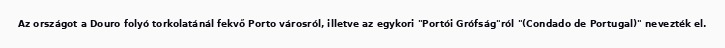
Az országot a Douro folyó torkolatánál fekvő Porto városról, illetve az egykori "Portói Grófság"ról "(Condado de Portugal)" nevezték el.